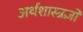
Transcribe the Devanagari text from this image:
अर्थशास्त्रज्ञों